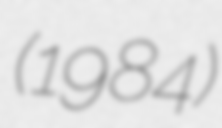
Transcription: (1984)